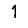
Digit: 1